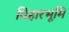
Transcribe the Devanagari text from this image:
विहारभूमि